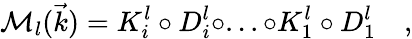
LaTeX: \mathcal{M}_{l}(\vec{k})=K_{i}^{l}\circ D_{i}^{l}\circ...\circ K_{1}^{l}\circ D_{1}^{l}\quad,